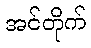
အင်တိုက်